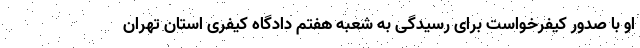
او با صدور کیفرخواست برای رسیدگی به شعبه هفتم دادگاه کیفری استان تهران